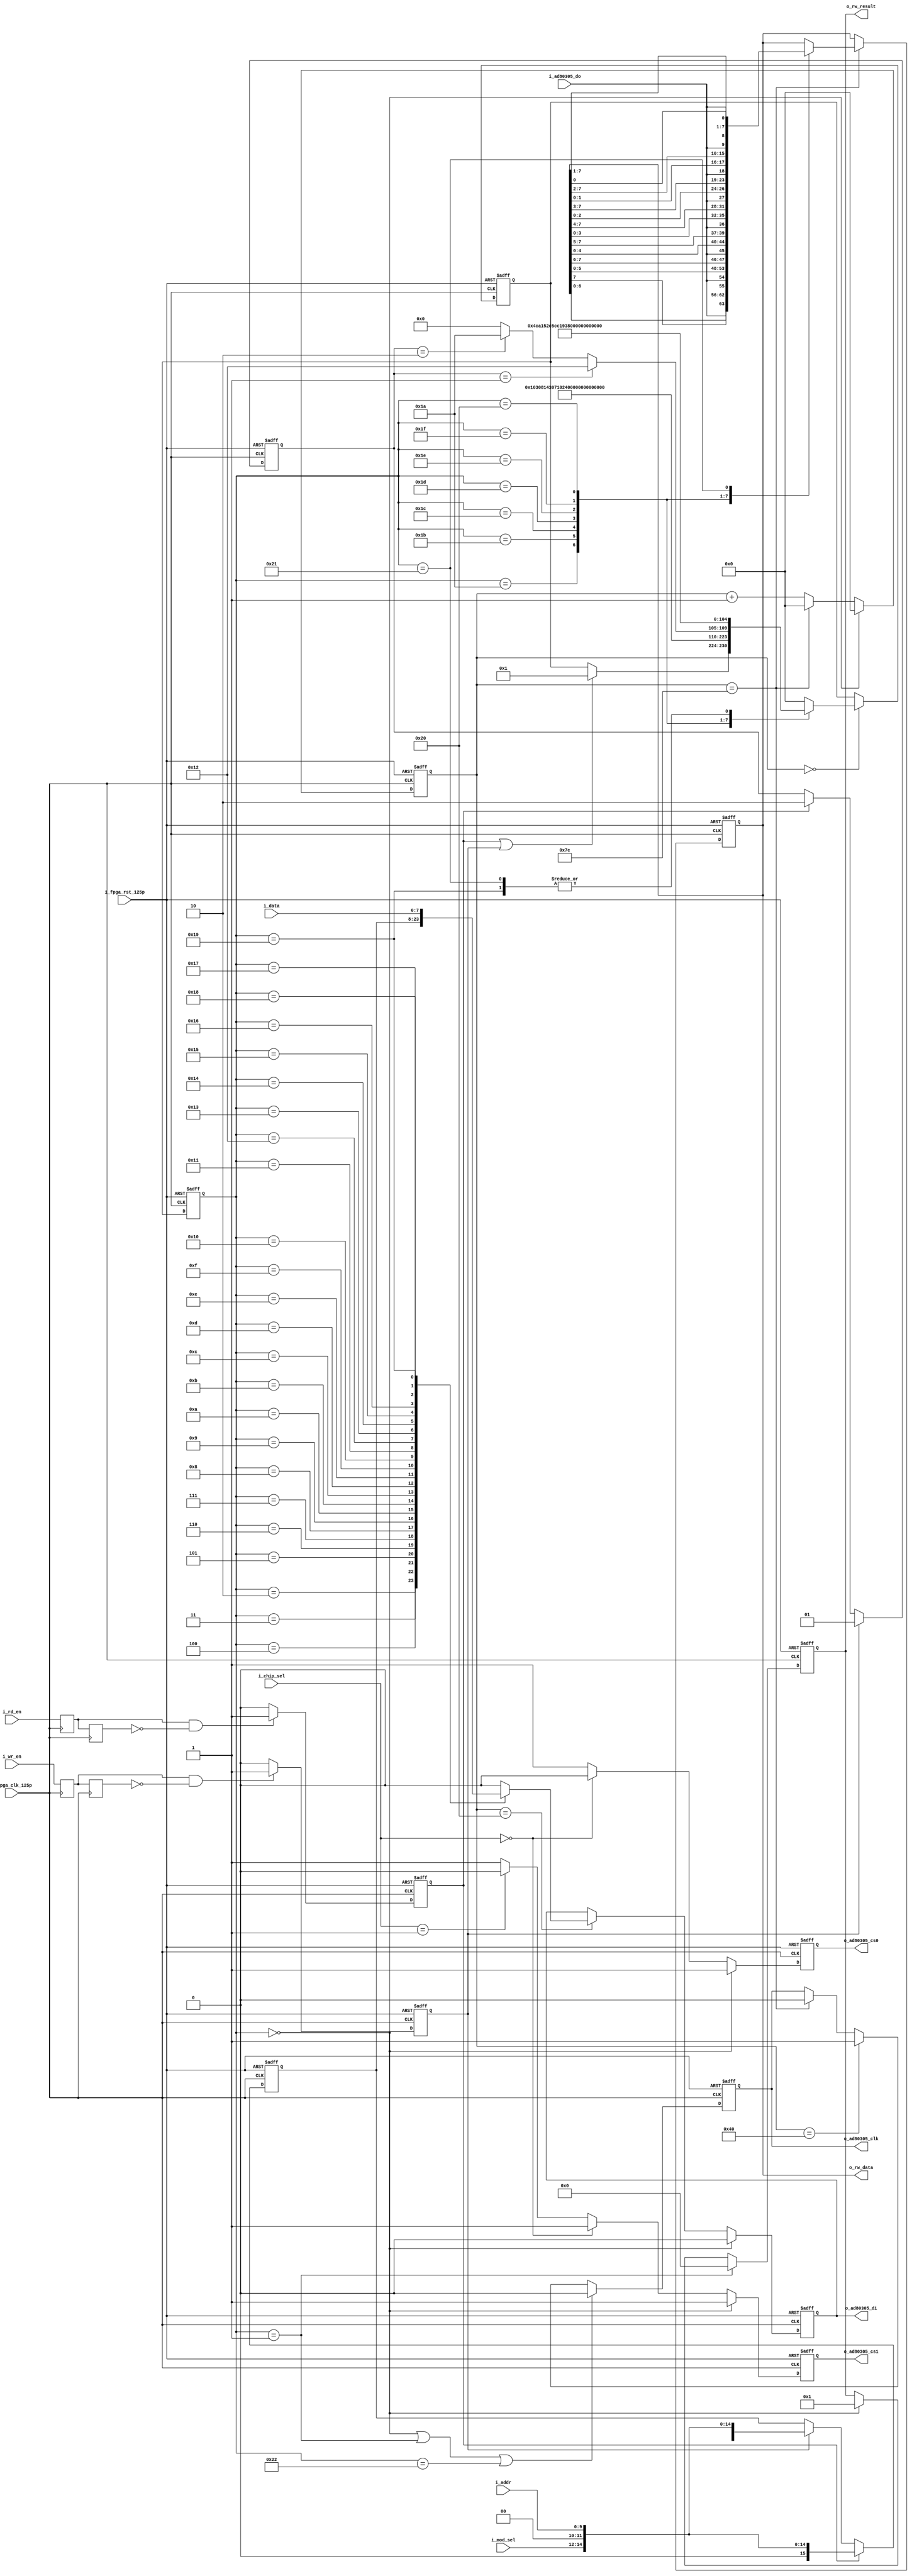
`timescale 1ps / 1ps
//////////////////////////////////////////////////////////////////////////////////
// Company: comba
// 
// Create Date:    
// Design Name: 
// Module Name:    spi_interface 
// Project Name: 
// Target Devices: 
// Tool versions:
// Dependencies: AD80305 SPI,AD80305SPI
//
// Revision: 
// Revision 0.01 - File Created
// Additional Comments: 
//
//////////////////////////////////////////////////////////////////////////////////
module spi_interface(
//FPGA
	input                       i_fpga_clk_125p		,
	input                       i_fpga_rst_125p		,

//  
	input						i_rd_en             ,//01
	input						i_wr_en             ,//01
	input [2:0]          i_mod_sel			,//000/1001/1....
	input [1:0]			   i_chip_sel          ,//AD8030501
	input [9:0]			   i_addr				,//	
	input [7:0]          i_data              ,//
    
    output [7:0]           o_rw_result         ,//01
    output [7:0]           o_rw_data           ,//
               
//SPI
	input                   i_ad80305_do        ,//ad80305-->fpga
	output                  o_ad80305_di        ,//fpga-->ad80305
	output						o_ad80305_clk       ,//1MHz
	output						o_ad80305_cs0       ,//
	output						o_ad80305_cs1		 //
    
    
   
    );
    

parameter READ_1_REG = 1;//1
parameter READ_2_REG = 1;//2
parameter READ_3_REG = 1;
parameter READ_4_REG = 1;
parameter READ_5_REG = 1;
parameter READ_6_REG = 1;
parameter READ_7_REG = 1;
parameter READ_8_REG = 1;

reg [6:0] spi_current_state;//8*8+16=80
reg [6:0] spi_next_state;//8*8+16=80

parameter spi_idle  		= 	0;
parameter spi_start  		= 	1;        
parameter spi_rw    		= 	2;
parameter spi_mod2  		= 	3;
parameter spi_mod1  		= 	4;              
parameter spi_mod0  		= 	5;  
parameter spi_null1 		= 	6;   
parameter spi_null0 		= 	7;    

parameter spi_add9 			= 	8;   
parameter spi_add8 			=   9; 
parameter spi_add7 			=  10; 
parameter spi_add6 			=  11; 
parameter spi_add5 			=  12; 
parameter spi_add4 			=  13; 
parameter spi_add3 			=  14; 
parameter spi_add2 			=  15; 
parameter spi_add1 			=  16; 
parameter spi_add0 			=  17; 
       
parameter spi_wr_data7		=  18; 
parameter spi_wr_data6		=  19; 
parameter spi_wr_data5		=  20; 
parameter spi_wr_data4		=  21; 
parameter spi_wr_data3		=  22; 
parameter spi_wr_data2		=  23; 
parameter spi_wr_data1		=  24; 
parameter spi_wr_data0		=  25; 

parameter spi_rd_data7		=  26; 
parameter spi_rd_data6		=  27; 
parameter spi_rd_data5		=  28; 
parameter spi_rd_data4		=  29; 
parameter spi_rd_data3		=  30; 
parameter spi_rd_data2		=  31; 
parameter spi_rd_data1		=  32; 
parameter spi_rd_data0		=  33; 

 parameter spi_stop 		=  34; 

parameter spi_clk_fre       =  124;//125MHz/125 = 1MHz


//---------------------------------------------------------
//
//---------------------------------------------------------
reg r_rd_en0;
reg r_rd_en1;
always@(posedge i_fpga_clk_125p)
begin
	r_rd_en0 <= i_rd_en;
	r_rd_en1 <= r_rd_en0;			
end

reg r_rd_flag;
always@(posedge i_fpga_clk_125p or negedge i_fpga_rst_125p)
begin
	if(!i_fpga_rst_125p)
		r_rd_flag <= 1'b0;
	else if(r_rd_en0&&(!r_rd_en1))
		r_rd_flag <= 1'b1;
	else 
		r_rd_flag <= 1'b0;		
end

//---------------------------------------------------------
//
//---------------------------------------------------------
reg r_wr_en0;
reg r_wr_en1;
always@(posedge i_fpga_clk_125p)
begin
	r_wr_en0 <= i_wr_en;
	r_wr_en1 <= r_wr_en0;			
end

reg r_wr_flag;
always@(posedge i_fpga_clk_125p or negedge i_fpga_rst_125p)
begin
	if(!i_fpga_rst_125p)
		r_wr_flag <= 1'b0;
	else if(r_wr_en0&&(!r_wr_en1))
		r_wr_flag <= 1'b1;
	else 
		r_wr_flag <= 1'b0;		
end

//---------------------------------------------------------
/// 
//---------------------------------------------------------
reg [1:0]r_rw_now_state;
always@(posedge i_fpga_clk_125p or negedge i_fpga_rst_125p)
begin
	if(!i_fpga_rst_125p)
		r_rw_now_state <= 2'b00;
	else if(r_wr_flag)
		r_rw_now_state <= 2'b01;//
	else if(r_rd_flag)
		r_rw_now_state <= 2'b10;//
	else
		r_rw_now_state <= r_rw_now_state;
end

//----------------------------------------------------------------
/// +16 10
//----------------------------------------------------------------
reg [15:0] r_write_data;
always@(posedge i_fpga_clk_125p or negedge i_fpga_rst_125p)
begin
	if(!i_fpga_rst_125p)
		r_write_data <= 16'd0;
	else if(r_rd_flag)
		r_write_data <= {1'b0,i_mod_sel,2'b00,i_addr};
	else if(r_wr_flag)
		r_write_data <= {1'b1,i_mod_sel,2'b00,i_addr};
	else
		r_write_data <= r_write_data;
end

//---------------------------------------------------------
// 125MHz1251MHz
//---------------------------------------------------------
reg [6:0] cnt_fre;
always@(posedge i_fpga_clk_125p or negedge i_fpga_rst_125p)
begin
	if(!i_fpga_rst_125p)
		cnt_fre <= 7'd0;
	else if(spi_current_state == spi_idle)
		cnt_fre <= 7'd0;
	else if(cnt_fre == spi_clk_fre)
		cnt_fre <= 7'd0;
	else
		cnt_fre <= cnt_fre + 7'd1;
end


//---------------------------------------------------------
//
//---------------------------------------------------------
always@(posedge i_fpga_clk_125p or negedge i_fpga_rst_125p)
begin
	if(!i_fpga_rst_125p)
		spi_current_state <= spi_idle;
	else
		spi_current_state <= spi_next_state;
end

always@(posedge i_fpga_clk_125p or negedge i_fpga_rst_125p)
begin
	if(!i_fpga_rst_125p)
		spi_next_state <= spi_idle;
	else
		begin
        	if(cnt_fre == 7'd0)
        		begin
                	case(spi_current_state)
                		spi_idle:
                			begin
                				if(r_rd_flag || r_wr_flag)
                					spi_next_state <= spi_start; 
                				else
                					spi_next_state <= spi_next_state;
                			end
                		spi_start    :begin	spi_next_state <= spi_rw     ;end
            			spi_rw       :begin	spi_next_state <= spi_mod2   ;end
            			spi_mod2     :begin	spi_next_state <= spi_mod1   ;end
            			spi_mod1     :begin	spi_next_state <= spi_mod0   ;end
            			spi_mod0     :begin	spi_next_state <= spi_null1  ;end
            			spi_null1    :begin	spi_next_state <= spi_null0  ;end
            			spi_null0    :begin	spi_next_state <= spi_add9   ;end
            			spi_add9    :begin	spi_next_state <= spi_add8   ;end
            			spi_add8    :begin	spi_next_state <= spi_add7   ;end
            			spi_add7    :begin	spi_next_state <= spi_add6   ;end
            			spi_add6    :begin	spi_next_state <= spi_add5   ;end
            			spi_add5    :begin	spi_next_state <= spi_add4   ;end
            			spi_add4    :begin	spi_next_state <= spi_add3   ;end
            			spi_add3    :begin	spi_next_state <= spi_add2   ;end
            			spi_add2    :begin	spi_next_state <= spi_add1   ;end
                        spi_add1    :begin	spi_next_state <= spi_add0   ;end
                        spi_add0    :
                        	begin	
                        		if(r_rw_now_state == 2'b01)
                        			spi_next_state <= spi_wr_data7;
                        		else if(r_rw_now_state == 2'b10)
                        			spi_next_state <= spi_rd_data7;
                        		else
                        			spi_next_state <= spi_idle;
                        	end
                        spi_wr_data7 :begin	spi_next_state <= spi_wr_data6   ;end
            			spi_wr_data6 :begin	spi_next_state <= spi_wr_data5   ;end
            			spi_wr_data5 :begin	spi_next_state <= spi_wr_data4   ;end
            			spi_wr_data4 :begin	spi_next_state <= spi_wr_data3   ;end
            			spi_wr_data3 :begin	spi_next_state <= spi_wr_data2   ;end
            			spi_wr_data2 :begin	spi_next_state <= spi_wr_data1   ;end
            			spi_wr_data1 :begin	spi_next_state <= spi_wr_data0   ;end
            			spi_wr_data0 :begin	spi_next_state <= spi_stop   	;end
            
                        spi_rd_data7 :begin	spi_next_state <= spi_rd_data6   ;end
            			spi_rd_data6 :begin	spi_next_state <= spi_rd_data5   ;end
            			spi_rd_data5 :begin	spi_next_state <= spi_rd_data4   ;end
            			spi_rd_data4 :begin	spi_next_state <= spi_rd_data3   ;end
            			spi_rd_data3 :begin	spi_next_state <= spi_rd_data2   ;end
            			spi_rd_data2 :begin	spi_next_state <= spi_rd_data1   ;end
            			spi_rd_data1 :begin	spi_next_state <= spi_rd_data0   ;end
            			spi_rd_data0 :begin	spi_next_state <= spi_stop   	;end		
            			
            			spi_stop     :begin	spi_next_state <= spi_idle   	;end	
            			
                	default:
                		begin
                			spi_next_state <= spi_idle;
                		end
                	endcase
                end
                   else
   						spi_next_state <= spi_next_state;
    		end

	
end

//---------------------------------------------------------
//
//---------------------------------------------------------
reg r_ad80305_clk;
always@(posedge i_fpga_clk_125p or negedge i_fpga_rst_125p)
begin
	if(!i_fpga_rst_125p)
		r_ad80305_clk <= 1'b0;
	else if(spi_current_state == spi_idle||spi_current_state == spi_start||spi_current_state == spi_stop)
		r_ad80305_clk <= 1'b0;
	else 
		begin
			if(cnt_fre == 7'd64)
				r_ad80305_clk <= 1'b1;
			else if(cnt_fre == 7'd124) 
				r_ad80305_clk <= 1'b0;
			else	
				r_ad80305_clk <= r_ad80305_clk;
		end
end

//---------------------------------------------------------
//
//---------------------------------------------------------
reg r_ad80305_dataout;
always@(posedge i_fpga_clk_125p or negedge i_fpga_rst_125p)
begin
	if(!i_fpga_rst_125p)
		r_ad80305_dataout <= 1'b0;
	else if(spi_current_state == spi_idle)
		r_ad80305_dataout <= 1'b0;
	else 
		begin
			if(cnt_fre == 7'd32)
				begin
					case(spi_current_state)
					   //ad80305 
						spi_start:begin	r_ad80305_dataout <= 1'b0            ;end
						spi_rw   :begin	r_ad80305_dataout <= r_write_data[15];end
						spi_mod2 :begin	r_ad80305_dataout <= r_write_data[14];end
						spi_mod1 :begin	r_ad80305_dataout <= r_write_data[13];end
						spi_mod0 :begin	r_ad80305_dataout <= r_write_data[12];end
						spi_null1:begin	r_ad80305_dataout <= r_write_data[11];end
						spi_null0:begin	r_ad80305_dataout <= r_write_data[10];end
						spi_add9 :begin	r_ad80305_dataout <= r_write_data[9] ;end
						spi_add8 :begin	r_ad80305_dataout <= r_write_data[8] ;end
						spi_add7 :begin	r_ad80305_dataout <= r_write_data[7] ;end
						spi_add6 :begin	r_ad80305_dataout <= r_write_data[6] ;end
						spi_add5 :begin	r_ad80305_dataout <= r_write_data[5] ;end
						spi_add4 :begin	r_ad80305_dataout <= r_write_data[4] ;end
						spi_add3 :begin	r_ad80305_dataout <= r_write_data[3] ;end
						spi_add2 :begin	r_ad80305_dataout <= r_write_data[2] ;end
						spi_add1 :begin	r_ad80305_dataout <= r_write_data[1] ;end
						spi_add0 :begin	r_ad80305_dataout <= r_write_data[0] ;end
						
						//8
						spi_wr_data7:begin	r_ad80305_dataout <= i_data[7] ;end
						spi_wr_data6:begin	r_ad80305_dataout <= i_data[6] ;end
						spi_wr_data5:begin	r_ad80305_dataout <= i_data[5] ;end
						spi_wr_data4:begin	r_ad80305_dataout <= i_data[4] ;end
						spi_wr_data3:begin	r_ad80305_dataout <= i_data[3] ;end
						spi_wr_data2:begin	r_ad80305_dataout <= i_data[2] ;end
						spi_wr_data1:begin	r_ad80305_dataout <= i_data[1] ;end
						spi_wr_data0:begin	r_ad80305_dataout <= i_data[0] ;end
				        spi_stop    :begin  r_ad80305_dataout <= 1'b0      ;end
				      default:
				      	begin
				      		r_ad80305_dataout <= 1'b0;
				      	end                                               
					endcase
				end
			else
				r_ad80305_dataout <= r_ad80305_dataout;
		end
end

//---------------------------------------------------------
//
//---------------------------------------------------------
reg [7:0]	r_ad80305_datain;
always@(posedge i_fpga_clk_125p or negedge i_fpga_rst_125p)
begin
	if(!i_fpga_rst_125p)
		r_ad80305_datain <= 8'd0;
	else if(cnt_fre == 7'd124) 
		begin
			case(spi_current_state)
				spi_rd_data7:begin r_ad80305_datain <= {i_ad80305_do,r_ad80305_datain[6:0]}                      ;	end
				spi_rd_data6:begin r_ad80305_datain <= {r_ad80305_datain[7],i_ad80305_do,r_ad80305_datain[5:0]}  ;	end
				spi_rd_data5:begin r_ad80305_datain <= {r_ad80305_datain[7:6],i_ad80305_do,r_ad80305_datain[4:0]};  end
				spi_rd_data4:begin r_ad80305_datain <= {r_ad80305_datain[7:5],i_ad80305_do,r_ad80305_datain[3:0]};  end
				spi_rd_data3:begin r_ad80305_datain <= {r_ad80305_datain[7:4],i_ad80305_do,r_ad80305_datain[2:0]};  end
				spi_rd_data2:begin r_ad80305_datain <= {r_ad80305_datain[7:3],i_ad80305_do,r_ad80305_datain[1:0]};  end
				spi_rd_data1:begin r_ad80305_datain <= {r_ad80305_datain[7:2],i_ad80305_do,r_ad80305_datain[0]}  ;  end
				spi_rd_data0:begin r_ad80305_datain <= {r_ad80305_datain[7:1],i_ad80305_do}                      ;  end
			default:
				begin
					r_ad80305_datain <= r_ad80305_datain;
				end
			endcase
		end
	else
		r_ad80305_datain <= r_ad80305_datain;
		
		
end

//---------------------------------------------------------
//
//---------------------------------------------------------
reg 	r_chip_cs0;
reg     r_chip_cs1;
always@(posedge i_fpga_clk_125p or negedge i_fpga_rst_125p)
begin
	if(!i_fpga_rst_125p)
		begin
			r_chip_cs0 <= 1'b1;
			r_chip_cs1 <= 1'b1;
		end
	else if(spi_current_state == spi_idle)
		begin
			r_chip_cs0 <= 1'b1;
			r_chip_cs1 <= 1'b1;			
		end
	else if(i_chip_sel == 2'b00)
		begin
			r_chip_cs0 <= 1'b0;
			r_chip_cs1 <= 1'b1;				
		end
	else if(i_chip_sel == 2'b01)
		begin
			r_chip_cs0 <= 1'b1;
			r_chip_cs1 <= 1'b0;				
		end		
	else
		begin
			r_chip_cs0 <= 1'b1;
			r_chip_cs1 <= 1'b1;	
		end
end

//---------------------------------------------------------
//
//---------------------------------------------------------
reg [7:0] r_rw_result;
always@(posedge i_fpga_clk_125p or negedge i_fpga_rst_125p)
begin
	if(!i_fpga_rst_125p)
		r_rw_result <= 8'd1;
	else if(spi_current_state == spi_start)
		r_rw_result <= 8'd0;
	else if(spi_current_state == spi_idle)
		r_rw_result <= 8'd1;
	else
		r_rw_result <= r_rw_result;
		
end


assign o_rw_data = r_ad80305_datain;
assign o_rw_result = r_rw_result;

assign o_ad80305_clk = r_ad80305_clk    ;
assign o_ad80305_di  = r_ad80305_dataout;
assign o_ad80305_cs0 = r_chip_cs0       ;
assign o_ad80305_cs1 = r_chip_cs1       ;

endmodule